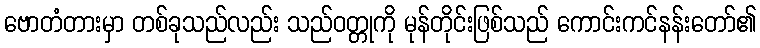
ဗောတံတားမှာ တစ်ခုသည်လည်း သည်ဝတ္တုကို မုန်တိုင်းဖြစ်သည် ကောင်းကင်နန်းတော်၏